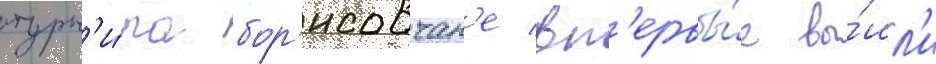
турн'и́ра бор'исовчан'е вп'ервы́е вы́шл'и